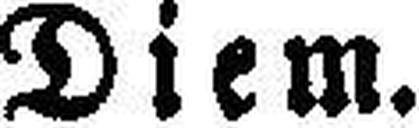
Diem.